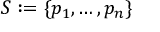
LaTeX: S : = \{ p _ { 1 } , \ldots , p _ { n } \}